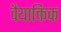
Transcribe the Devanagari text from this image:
वैयाक्तिक